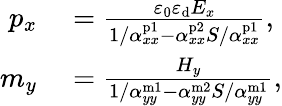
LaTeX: \begin{array}{rl}{p_{x}}&{{}=\frac{\varepsilon_{0}\varepsilon_{\mathrm{d}}E_{x}}{1/\alpha_{xx}^{\mathrm{p1}}-\alpha_{xx}^{\mathrm{p2}}S/\alpha_{xx}^{\mathrm{p1}}},}\\ {m_{y}}&{{}=\frac{H_{y}}{1/\alpha_{yy}^{\mathrm{m1}}-\alpha_{yy}^{\mathrm{m2}}S/\alpha_{yy}^{\mathrm{m1}}},}\end{array}